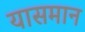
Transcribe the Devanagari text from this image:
यासमान